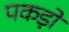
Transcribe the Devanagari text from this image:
पकड़ों